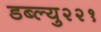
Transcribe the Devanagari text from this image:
डब्ल्यु२२१